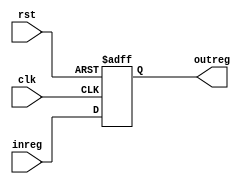
`timescale 1ns/1ns
module ABREG(input clk, rst,input[31:0] inreg, output reg[31:0] outreg);
  always@(posedge clk, posedge rst)begin
    if(rst) outreg <= 32'b0;
    else outreg <= inreg;
  end
endmodule